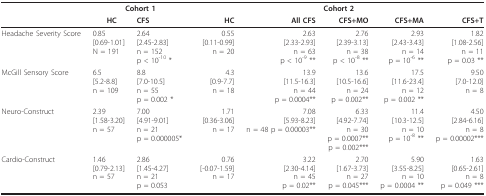
<table><thead><tr><td></td><td colspan="2"><b>Cohort 1</b></td><td colspan="5"><b>Cohort 2</b></td></tr><tr><td></td><td><b>HC</b></td><td><b>CFS</b></td><td><b>HC</b></td><td><b>All CFS</b></td><td><b>CFS+MO</b></td><td><b>CFS+MA</b></td><td><b>CFS+T</b></td></tr></thead><tbody><tr><td>Headache Severity Score</td><td>0.85[0.69-1.01]N = 191</td><td>2.64[2.45-2.83]n = 152p &lt; 10<sup>-10 </sup>*</td><td>0.55[0.11-0.99]n = 20</td><td>2.63[2.33-2.93]n = 63p &lt; 10<sup>-9 </sup>**</td><td>2.76[2.39-3.13]n = 38p &lt; 10<sup>-8 </sup>**</td><td>2.93[2.43-3.43]n = 14p = 10<sup>-6 </sup>**</td><td>1.82[1.08-2.56]n = 11p = 0.03 **</td></tr><tr><td>McGill Sensory Score</td><td>6.5[5.2-8.8]n = 109</td><td>8.8[7.0-10.5]n = 55p = 0.002 *</td><td>4.3[0.9-7.7]n = 18</td><td>13.9[11.5-16.3]n = 44p = 0.0004**</td><td>13.6[10.5-16.6]n = 24p = 0.002**</td><td>17.5[11.6-23.4]n = 12p = 0.002 **</td><td>9.50[7.0-12.0]n = 8</td></tr><tr><td>Neuro-Construct</td><td>2.39[1.58-3.20]n = 57</td><td>7.00[4.91-9.01]n = 21p = 0.000005*</td><td>1.71[0.36-3.06]n = 17</td><td>7.08[5.93-8.23]n = 48 p = 0.00003**</td><td>6.33[4.92-7.74]n = 30p = 0.0007**p = 0.002***</td><td>11.4[10.3-12.5]n = 10p = 10<sup>-8 </sup>**</td><td>4.50[2.84-6.16]n = 8p = 0.00002***</td></tr><tr><td>Cardio-Construct</td><td>1.46[0.79-2.13]n = 57</td><td>2.86[1.45-4.27]n = 21p = 0.053</td><td>0.76[-0.07-1.59]n = 17</td><td>3.22[2.30-4.14]n = 45p = 0.02**</td><td>2.70[1.67-3.73]n = 27p = 0.045***</td><td>5.90[3.55-8.25]n = 10p = 0.0004 **</td><td>1.63[0.65-2.61]n = 8p = 0.049 ***</td></tr></tbody></table>